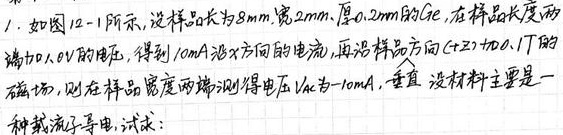
1. 如图12 - 1所示，设样品为长\(8mm\)、宽\(2mm\)、厚\(0.2mm\)的\(Ge\)。在样品长度两端加\(0.01V\)的电压，得到\(10mA\)沿\(x\)方向的电流，再沿样品方向（\(z\)轴）加\(0.1T\)的磁场，则在样品宽度两端测得电压\(V_{H}\)为\(-10\mu V\)。设材料主要是一种载流子导电，试求：